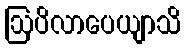
ဩပိလာပေယျာသိ